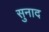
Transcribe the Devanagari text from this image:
सुनाद